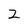
Character: Z